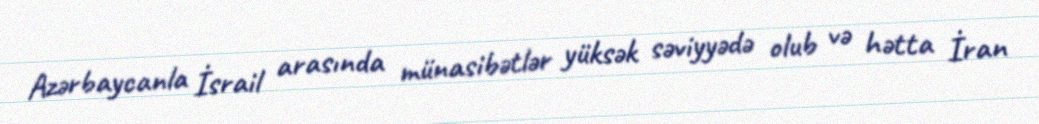
Azərbaycanla İsrail arasında münasibətlər yüksək səviyyədə olub və hətta İran